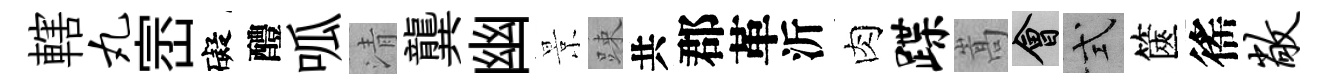
轄丸崈礙醴呱清龔幽景踈共郡革沂肉蹀嵩會式篋徭敞